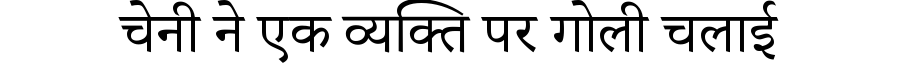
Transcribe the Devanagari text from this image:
चेनी ने एक व्यक्ति पर गोली चलाई